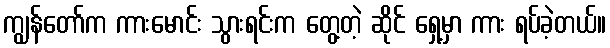
ကျွန်တော်က ကားမောင်း သွားရင်းက တွေ့တဲ့ ဆိုင် ရှေ့မှာ ကား ရပ်ခဲ့တယ်။